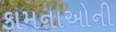
કામનાઓની